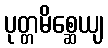
ပုတ္တမိစ္ဆေယျ